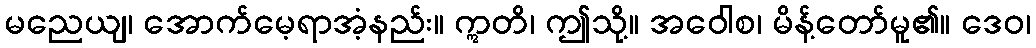
မညေယျ၊ အောက်မေ့ရာအံ့နည်း။ ဣတိ၊ ဤသို့။ အဝေါစ၊ မိန့်တော်မူ၏။ ဒေဝ၊